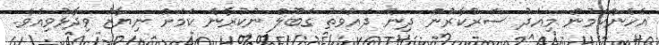
އެހެންކަމުން މިއަދު ސަރުކާރުން ދިން ދައުވަތު ގަބޫލް ނުކުރާނެ ކަމަށް ނިޔާޒު ވިދާޅުވިއެވެ.